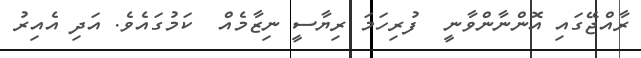
ރާއްޖޭގައި އޮންނާންވާނީ  ފުރިހަމަ ރިޔާސީ ނިޒާމެއް  ކަމުގައެވެ. އަދި އެއިރު